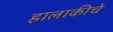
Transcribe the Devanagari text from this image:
हालाकीचे